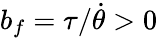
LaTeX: b_{f}=\tau/\dot{\theta}>0